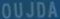
OUJDA